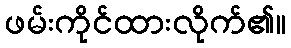
ဖမ်းကိုင်ထားလိုက်၏။